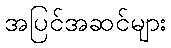
အပြင်အဆင်များ